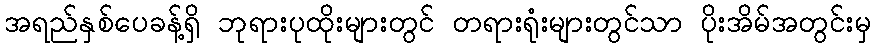
အရည်နှစ်ပေခန့်ရှိ ဘုရားပုထိုးများတွင် တရားရုံးများတွင်သာ ပိုးအိမ်အတွင်းမှ